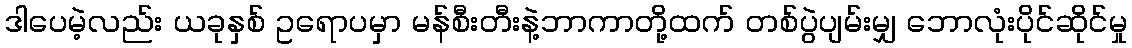
ဒါပေမဲ့လည်း ယခုနှစ် ဥရောပမှာ မန်စီးတီးနဲ့ဘာကာတို့ထက် တစ်ပွဲပျမ်းမျှ ဘောလုံးပိုင်ဆိုင်မှု